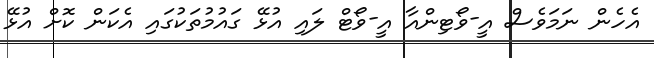
އެހެން ނަމަވެސް އީ-ވޯޓިންއާ އީ-ވޯޓް ލައި އުޅޭ ގައުމުތަކުގައި އެކަން ކޮށް އުޅޭ